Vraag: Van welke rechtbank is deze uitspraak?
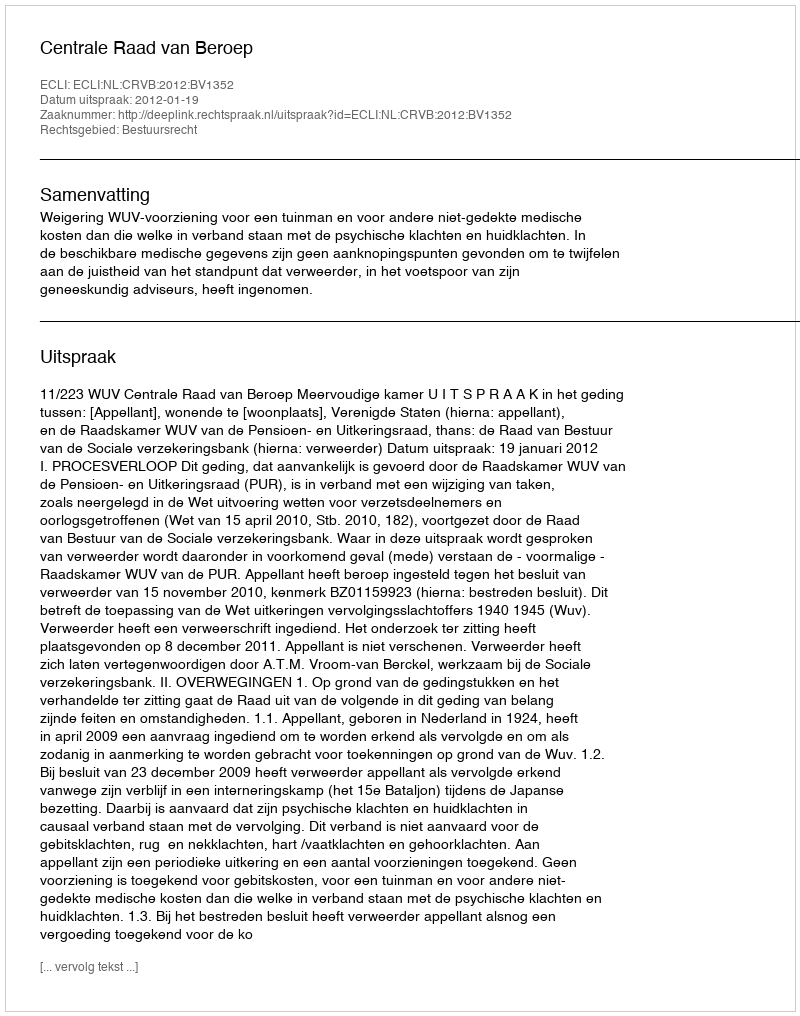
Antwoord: Centrale Raad van Beroep